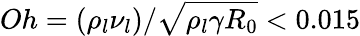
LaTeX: Oh=({\rho_{l}}{\nu_{l}})/\sqrt{{\rho_{l}}\gamma{R_{0}}}<0.015